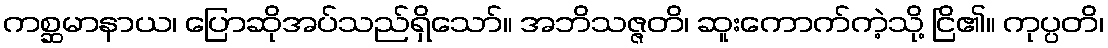
ကစ္ဆမာနာယ၊ ပြောဆိုအပ်သည်ရှိသော်။ အဘိသဇ္ဇတိ၊ ဆူးကောက်ကဲ့သို့ ငြိ၏။ ကုပ္ပတိ၊